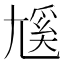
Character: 𡰄